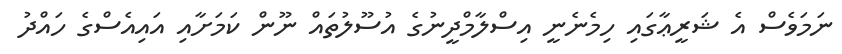
ނަމަވެސް އެ ޝަރީޢާގައި ހިމެނެނީ އިސްލާމްދީނުގެ އުސޫލުތައް ނޫން ކަމަށާއި އައިއެސްގެ ހައްދު